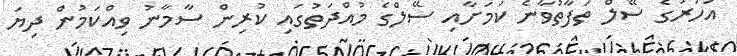
އަހަރުގެ ސޭލް ތަފާތުވާނެ ކަމަށާއި ސޭލްގެ މުއްދަތުގައި ކުރިން ސާމާނު ވިއްކަމުން ދިޔަ